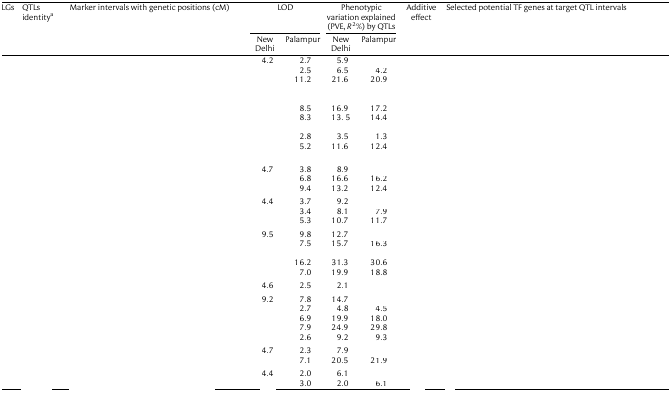
<table><thead><tr><td rowspan="2"><b>LGs</b></td><td rowspan="2"><b>QTLs identity<sup>a</sup></b></td><td rowspan="2"><b>Marker intervals with genetic positions (cM)</b></td><td colspan="2"><b>LOD</b></td><td colspan="2"><b>Phenotypic variation explained (PVE, <i>R</i><sup>2</sup>%) by QTLs</b></td><td rowspan="2"><b>Additive effect</b></td><td rowspan="2"><b>Selected potential TF genes at target QTL intervals</b></td></tr><tr><td><b>New Delhi</b></td><td><b>Palampur</b></td><td><b>New Delhi</b></td><td><b>Palampur</b></td></tr></thead><tbody><tr><td rowspan="7">[EMPTY_CELL]</td><td>[EMPTY_CELL]</td><td>[EMPTY_CELL]</td><td>4.2</td><td>2.7</td><td>5.9</td><td>[EMPTY_CELL]</td><td>[EMPTY_CELL]</td><td>[EMPTY_CELL]</td></tr><tr><td>[EMPTY_CELL]</td><td>[EMPTY_CELL]</td><td>[EMPTY_CELL]</td><td>2.5</td><td>6.5</td><td>4.2</td><td>[EMPTY_CELL]</td><td>[EMPTY_CELL]</td></tr><tr><td>[EMPTY_CELL]</td><td>[EMPTY_CELL]</td><td>[EMPTY_CELL]</td><td>11.2</td><td>21.6</td><td>20.9</td><td>[EMPTY_CELL]</td><td>[EMPTY_CELL]</td></tr><tr><td>[EMPTY_CELL]</td><td>[EMPTY_CELL]</td><td>[EMPTY_CELL]</td><td>8.5</td><td>16.9</td><td>17.2</td><td>[EMPTY_CELL]</td><td rowspan="2">[EMPTY_CELL]</td></tr><tr><td>[EMPTY_CELL]</td><td>[EMPTY_CELL]</td><td>[EMPTY_CELL]</td><td>8.3</td><td>13. 5</td><td>14.4</td><td>[EMPTY_CELL]</td></tr><tr><td>[EMPTY_CELL]</td><td>[EMPTY_CELL]</td><td>[EMPTY_CELL]</td><td>2.8</td><td>3.5</td><td>1.3</td><td>[EMPTY_CELL]</td><td>[EMPTY_CELL]</td></tr><tr><td>[EMPTY_CELL]</td><td>[EMPTY_CELL]</td><td>[EMPTY_CELL]</td><td>5.2</td><td>11.6</td><td>12.4</td><td>[EMPTY_CELL]</td><td>[EMPTY_CELL]</td></tr><tr><td rowspan="3">[EMPTY_CELL]</td><td>[EMPTY_CELL]</td><td>[EMPTY_CELL]</td><td>4.7</td><td>3.8</td><td>8.9</td><td>[EMPTY_CELL]</td><td>[EMPTY_CELL]</td><td rowspan="2">[EMPTY_CELL]</td></tr><tr><td>[EMPTY_CELL]</td><td>[EMPTY_CELL]</td><td>[EMPTY_CELL]</td><td>6.8</td><td>16.6</td><td>16.2</td><td>[EMPTY_CELL]</td></tr><tr><td>[EMPTY_CELL]</td><td>[EMPTY_CELL]</td><td>[EMPTY_CELL]</td><td>9.4</td><td>13.2</td><td>12.4</td><td>[EMPTY_CELL]</td><td>[EMPTY_CELL]</td></tr><tr><td rowspan="3">[EMPTY_CELL]</td><td>[EMPTY_CELL]</td><td>[EMPTY_CELL]</td><td>4.4</td><td>3.7</td><td>9.2</td><td>[EMPTY_CELL]</td><td>[EMPTY_CELL]</td><td>[EMPTY_CELL]</td></tr><tr><td>[EMPTY_CELL]</td><td>[EMPTY_CELL]</td><td>[EMPTY_CELL]</td><td>3.4</td><td>8.1</td><td>7.9</td><td>[EMPTY_CELL]</td><td>[EMPTY_CELL]</td></tr><tr><td>[EMPTY_CELL]</td><td>[EMPTY_CELL]</td><td>[EMPTY_CELL]</td><td>5.3</td><td>10.7</td><td>11.7</td><td>[EMPTY_CELL]</td><td>[EMPTY_CELL]</td></tr><tr><td rowspan="4">[EMPTY_CELL]</td><td>[EMPTY_CELL]</td><td>[EMPTY_CELL]</td><td>9.5</td><td>9.8</td><td>12.7</td><td>[EMPTY_CELL]</td><td>[EMPTY_CELL]</td><td rowspan="2">[EMPTY_CELL]</td></tr><tr><td>[EMPTY_CELL]</td><td>[EMPTY_CELL]</td><td>[EMPTY_CELL]</td><td>7.5</td><td>15.7</td><td>16.3</td><td>[EMPTY_CELL]</td></tr><tr><td>[EMPTY_CELL]</td><td>[EMPTY_CELL]</td><td>[EMPTY_CELL]</td><td>16.2</td><td>31.3</td><td>30.6</td><td>[EMPTY_CELL]</td><td rowspan="2">[EMPTY_CELL]</td></tr><tr><td>[EMPTY_CELL]</td><td>[EMPTY_CELL]</td><td>[EMPTY_CELL]</td><td>7.0</td><td>19.9</td><td>18.8</td><td>[EMPTY_CELL]</td></tr><tr><td>[EMPTY_CELL]</td><td>[EMPTY_CELL]</td><td>[EMPTY_CELL]</td><td>4.6</td><td>2.5</td><td>2.1</td><td>[EMPTY_CELL]</td><td>[EMPTY_CELL]</td><td>[EMPTY_CELL]</td></tr><tr><td rowspan="5">[EMPTY_CELL]</td><td>[EMPTY_CELL]</td><td>[EMPTY_CELL]</td><td>9.2</td><td>7.8</td><td>14.7</td><td>[EMPTY_CELL]</td><td>[EMPTY_CELL]</td><td rowspan="2">[EMPTY_CELL]</td></tr><tr><td>[EMPTY_CELL]</td><td>[EMPTY_CELL]</td><td>[EMPTY_CELL]</td><td>2.7</td><td>4.8</td><td>4.5</td><td>[EMPTY_CELL]</td></tr><tr><td>[EMPTY_CELL]</td><td>[EMPTY_CELL]</td><td>[EMPTY_CELL]</td><td>6.9</td><td>19.9</td><td>18.0</td><td>[EMPTY_CELL]</td><td rowspan="2">[EMPTY_CELL]</td></tr><tr><td>[EMPTY_CELL]</td><td>[EMPTY_CELL]</td><td>[EMPTY_CELL]</td><td>7.9</td><td>24.9</td><td>29.8</td><td>[EMPTY_CELL]</td></tr><tr><td>[EMPTY_CELL]</td><td>[EMPTY_CELL]</td><td>[EMPTY_CELL]</td><td>2.6</td><td>9.2</td><td>9.3</td><td>[EMPTY_CELL]</td><td>[EMPTY_CELL]</td></tr><tr><td rowspan="2">[EMPTY_CELL]</td><td>[EMPTY_CELL]</td><td>[EMPTY_CELL]</td><td>4.7</td><td>2.3</td><td>7.9</td><td>[EMPTY_CELL]</td><td>[EMPTY_CELL]</td><td>[EMPTY_CELL]</td></tr><tr><td>[EMPTY_CELL]</td><td>[EMPTY_CELL]</td><td>[EMPTY_CELL]</td><td>7.1</td><td>20.5</td><td>21.9</td><td>[EMPTY_CELL]</td><td>[EMPTY_CELL]</td></tr><tr><td rowspan="2">[EMPTY_CELL]</td><td>[EMPTY_CELL]</td><td>[EMPTY_CELL]</td><td>4.4</td><td>2.0</td><td>6.1</td><td>[EMPTY_CELL]</td><td>[EMPTY_CELL]</td><td>[EMPTY_CELL]</td></tr><tr><td>[EMPTY_CELL]</td><td>[EMPTY_CELL]</td><td>[EMPTY_CELL]</td><td>3.0</td><td>2.0</td><td>6.1</td><td>[EMPTY_CELL]</td><td>[EMPTY_CELL]</td></tr></tbody></table>